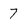
Character: 7